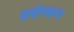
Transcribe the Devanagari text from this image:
प्रयोगग्रन्थ